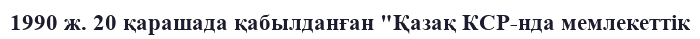
1990 ж. 20 қарашада қабылданған "Қазақ КСР-нда мемлекеттік